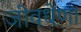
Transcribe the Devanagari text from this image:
जीवधेणा